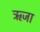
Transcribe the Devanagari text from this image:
ऋजा